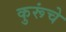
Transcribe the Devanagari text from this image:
कुरूंचे